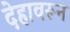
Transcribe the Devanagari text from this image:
देहावरून